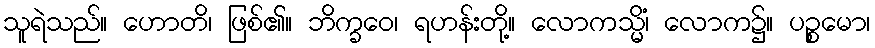
သူရဲသည်။ ဟောတိ၊ ဖြစ်၏။ ဘိက္ခဝေ၊ ရဟန်းတို့။ လောကသ္မိံ၊ လောက၌။ ပဉ္စမော၊